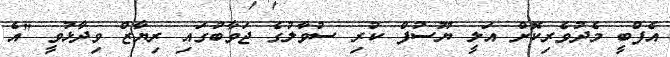
އެފްބީ މެދުވެރިކޮށް އަލީ ޔޫސުފް ކުރި ސުވާލުގެ ޖަވާބުގައި ރިޔާޒް ވިދާޅުވީ "އެ